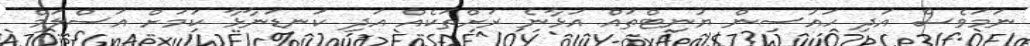
ނަމަވެސް އަދި ހައުސިން ޔުނިޓްތައް އަޅާނެ ރަށްތަކެއް އަދި ކަނޑަނާޅާ ކަމަށް އަސްލަމް